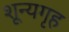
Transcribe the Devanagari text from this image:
शून्यगृह